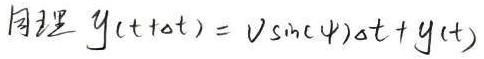
同理 $y(t+\Delta t) = v\sin(\psi)\Delta t + y(t)$